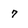
Character: 7